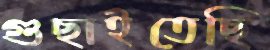
গুছাইতেছি